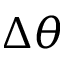
\Delta \theta